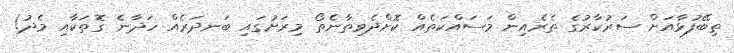
ތިބޭފުޅާއަށް ސަރުކާރުގެ ތެރެއިން މަސައްކަތެއް ކޮށްދެވިތާނެތޯ މިރަށުގައި ބަނދަރެއް ހަދާނެ ގޮތަކާއި މެދު!